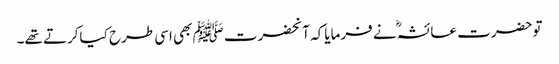
توحضرت عائشہؓ نے فرمایاکہ آنحضرتﷺ بھی اسی طرح کیاکرتے تھے۔